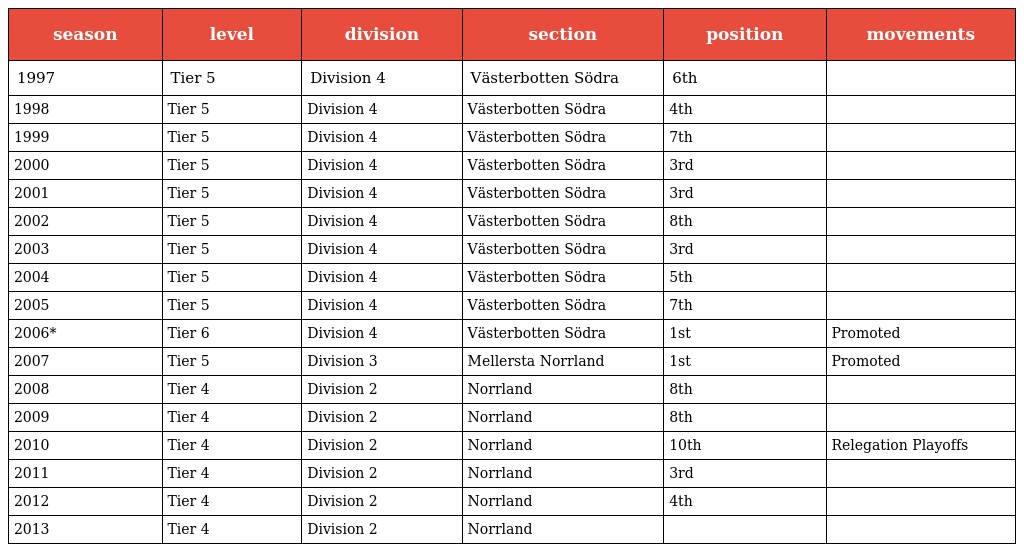
| season | level | division | section | position | movements |
 | --- | --- | --- | --- | --- | --- |
 | 1997 | Tier 5 | Division 4 | Västerbotten Södra | 6th |  |
 | 1998 | Tier 5 | Division 4 | Västerbotten Södra | 4th |  |
 | 1999 | Tier 5 | Division 4 | Västerbotten Södra | 7th |  |
 | 2000 | Tier 5 | Division 4 | Västerbotten Södra | 3rd |  |
 | 2001 | Tier 5 | Division 4 | Västerbotten Södra | 3rd |  |
 | 2002 | Tier 5 | Division 4 | Västerbotten Södra | 8th |  |
 | 2003 | Tier 5 | Division 4 | Västerbotten Södra | 3rd |  |
 | 2004 | Tier 5 | Division 4 | Västerbotten Södra | 5th |  |
 | 2005 | Tier 5 | Division 4 | Västerbotten Södra | 7th |  |
 | 2006* | Tier 6 | Division 4 | Västerbotten Södra | 1st | Promoted |
 | 2007 | Tier 5 | Division 3 | Mellersta Norrland | 1st | Promoted |
 | 2008 | Tier 4 | Division 2 | Norrland | 8th |  |
 | 2009 | Tier 4 | Division 2 | Norrland | 8th |  |
 | 2010 | Tier 4 | Division 2 | Norrland | 10th | Relegation Playoffs |
 | 2011 | Tier 4 | Division 2 | Norrland | 3rd |  |
 | 2012 | Tier 4 | Division 2 | Norrland | 4th |  |
 | 2013 | Tier 4 | Division 2 | Norrland |  |  |